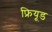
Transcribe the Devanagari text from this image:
फ्रियूड